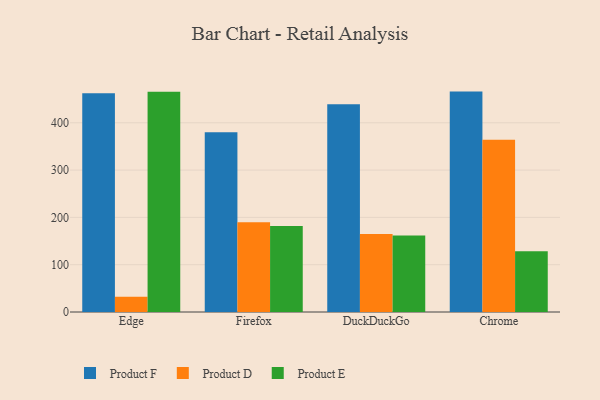
{"axis": {"x": "Browser", "y": "Energy Usage (MWh)"}, "legend": ["Product D", "Product E", "Product F"], "data": [{"x": "Edge", "y": 462.5, "type": "Product F"}, {"x": "Edge", "y": 32.2, "type": "Product D"}, {"x": "Edge", "y": 465.5, "type": "Product E"}, {"x": "Firefox", "y": 380.0, "type": "Product F"}, {"x": "Firefox", "y": 189.5, "type": "Product D"}, {"x": "Firefox", "y": 181.8, "type": "Product E"}, {"x": "DuckDuckGo", "y": 438.9, "type": "Product F"}, {"x": "DuckDuckGo", "y": 165.0, "type": "Product D"}, {"x": "DuckDuckGo", "y": 161.5, "type": "Product E"}, {"x": "Chrome", "y": 465.9, "type": "Product F"}, {"x": "Chrome", "y": 364.2, "type": "Product D"}, {"x": "Chrome", "y": 128.4, "type": "Product E"}]}